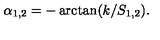
\alpha _ { 1 , 2 } = - \arctan ( k / S _ { 1 , 2 } ) .